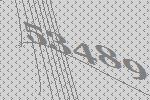
53489